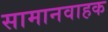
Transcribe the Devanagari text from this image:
सामानवाहक